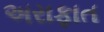
અરાફાત